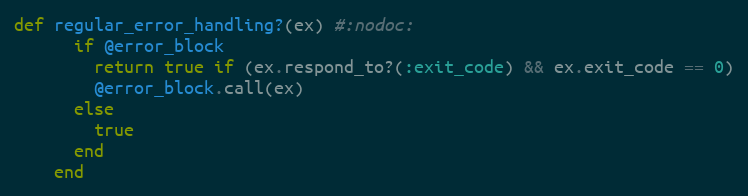
Language: Ruby
def regular_error_handling?(ex) #:nodoc:
      if @error_block
        return true if (ex.respond_to?(:exit_code) && ex.exit_code == 0)
        @error_block.call(ex)
      else
        true
      end
    end